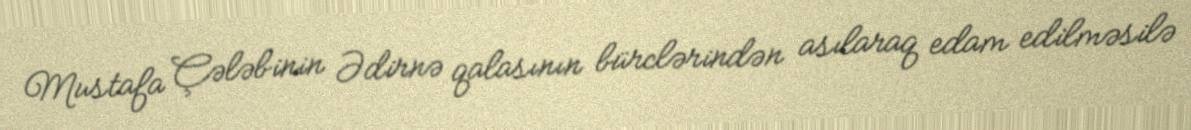
Mustafa Çələbinin Ədirnə qalasının bürclərindən asılaraq edam edilməsilə